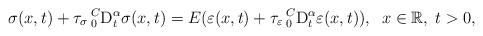
LaTeX: \begin{align*}\sigma (x,t)+\tau _{\sigma }\,{}_{0}^{C}\mathrm{D}_{t}^{\alpha }\sigma(x,t)=E(\varepsilon (x,t)+\tau _{\varepsilon }\,{}_{0}^{C}\mathrm{D}_{t}^{\alpha }\varepsilon (x,t)),\;\;x\in \mathbb{R},\;t>0,\end{align*}